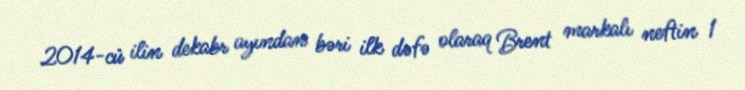
2014-cü ilin dekabr ayından bəri ilk dəfə olaraq Brent markalı neftin 1